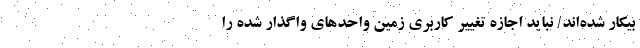
بیکار شده‌اند/ نباید اجازه تغییر کاربری زمین واحدهای واگذار شده را